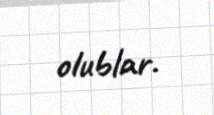
olublar.